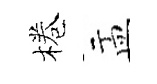
棬盂